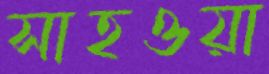
সাহওয়া